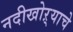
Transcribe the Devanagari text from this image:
नदीखोऱ्याचे